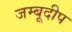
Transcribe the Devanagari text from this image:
जम्बूदीप